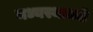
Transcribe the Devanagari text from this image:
मध्यस्थाकडे